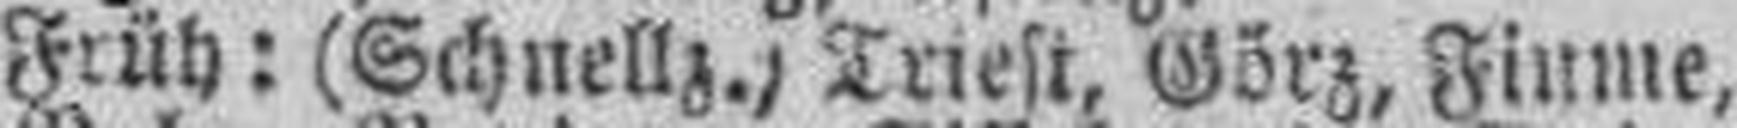
7.30 Früh: (Schnellz.) Triest, Görz, Fiume,